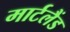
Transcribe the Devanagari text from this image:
मार्टलैंड